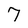
Character: 7